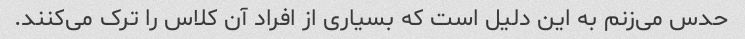
حدس می‌زنم به این دلیل است که بسیاری از افراد آن کلاس را ترک می‌کنند.